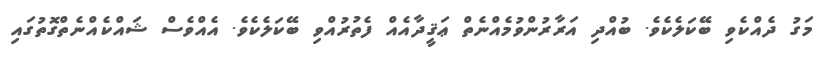
މަގު ދެއްކެވި ބޭކަލެކެވެ. ބުއްދި އަރާރުންވުމެއްނެތް ޢަޤީދާއެއް ފެތުރުއްވި ބޭކަލެކެވެ. އެއްވެސް ޝައްކެއްނެތްގޮތުގައި